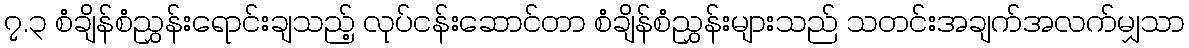
၇.၃ စံချိန်စံညွှန်းရောင်းချသည့် လုပ်ငန်းဆောင်တာ စံချိန်စံညွှန်းများသည် သတင်းအချက်အလက်မျှသာ